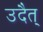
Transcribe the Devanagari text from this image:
उदैत्